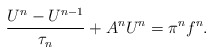
\begin{align*}\frac{U^n-U^{n-1}}{\tau_n}+A^n U^n=\pi^n f^n.\end{align*}